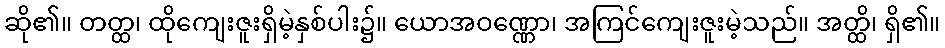
ဆို၏။ တတ္ထ၊ ထိုကျေးဇူးရှိမဲ့နှစ်ပါး၌။ ယောအဝဏ္ဏော၊ အကြင်ကျေးဇူးမဲ့သည်။ အတ္ထိ၊ ရှိ၏။